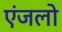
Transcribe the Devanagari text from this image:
एंजलो